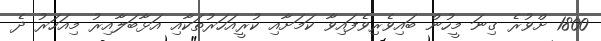
1800 ށްވުރެ ގިނަ މީހުން ބައިވެރިވެފައިވާ ކަމަށާއި ކުރީއަހަރުތަކާއި އަޅާބަލާއިރު މިއަހަރު ދެ